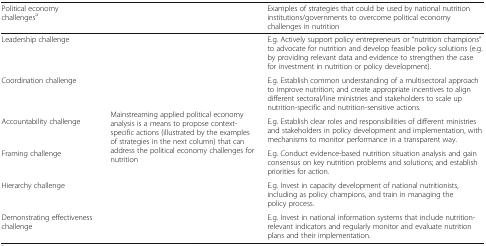
| Political economy challengesa |  | Examples of strategies that could be used by national nutrition institutions/governments to overcome political economy challenges in nutrition |
 | --- | --- | --- |
 | Leadership challenge | <ROWSPAN=6> Mainstreaming applied political economy analysis is a means to propose context-specific actions (illustrated by the examples of strategies in the next column) that can address the political economy challenges for nutrition | E.g. Actively support policy entrepreneurs or “nutrition champions” to advocate for nutrition and develop feasible policy solutions (e.g. by providing relevant data and evidence to strengthen the case for investment in nutrition or policy development). |
 | Coordination challenge | E.g. Establish common understanding of a multisectoral approach to improve nutrition; and create appropriate incentives to align different sectoral/line ministries and stakeholders to scale up nutrition-specific and nutrition-sensitive actions. |
 | Accountability challenge | E.g. Establish clear roles and responsibilities of different ministries and stakeholders in policy development and implementation, with mechanisms to monitor performance in a transparent way. |
 | Framing challenge | E.g. Conduct evidence-based nutrition situation analysis and gain consensus on key nutrition problems and solutions; and establish priorities for action. |
 | Hierarchy challenge | E.g. Invest in capacity development of national nutritionists, including as policy champions, and train in managing the policy process. |
 | Demonstrating effectiveness challenge | E.g. Invest in national information systems that include nutrition-relevant indicators and regularly monitor and evaluate nutrition plans and their implementation. |